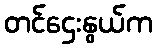
တင်ဌေးနွယ်က